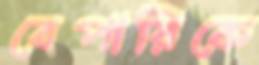
বেপারিকে